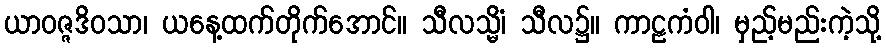
ယာဝဇ္ဇဒိဝသာ၊ ယနေ့ထက်တိုက်အောင်။ သီလသ္မိံ၊ သီလ၌။ ကာဠကံဝါ၊ မှည့်မည်းကဲ့သို့